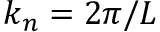
k _ { n } = 2 \pi / L